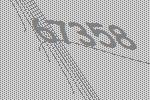
67358